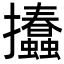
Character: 𢺨